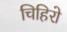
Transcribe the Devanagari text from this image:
चिहिरो